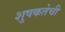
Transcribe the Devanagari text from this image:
शुषकतेची